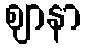
ဈာနာ